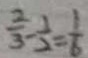
\frac { 2 } { 3 } - \frac { 1 } { 2 } = \frac { 1 } { 6 }